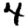
Digit: 4